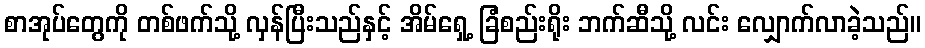
စာအုပ်တွေကို တစ်ဖက်သို့ လှန်ပြီးသည်နှင့် အိမ်ရှေ့ ခြံစည်းရိုး ဘက်ဆီသို့ လင်း လျှောက်လာခဲ့သည်။